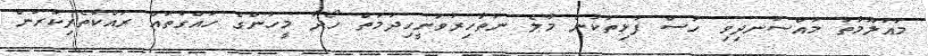
މައުލޫމާތު މުއްސަނދިވި ހުސް ފުޅިތަކުން މާލެ ނުތާހިރުވަނީހިދުމަތް ހޯދާ މީހުންގެ ހައްގުތައް ރައްކާތެރިކުރަން